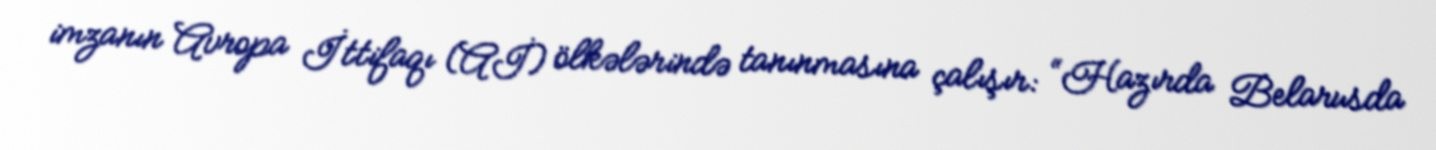
imzanın Avropa İttifaqı (Aİ) ölkələrində tanınmasına çalışır: “Hazırda Belarusda